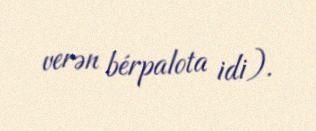
verən bérpalota idi).